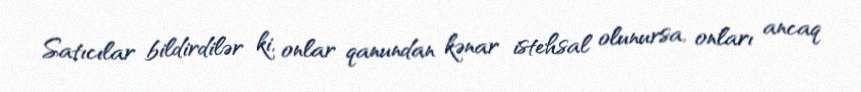
Satıcılar bildirdilər ki, onlar qanundan kənar istehsal olunursa, onları ancaq